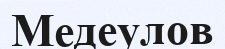
Медеулов